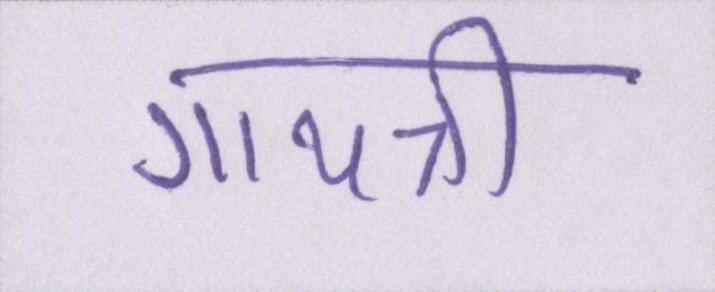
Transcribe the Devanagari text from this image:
गायत्री